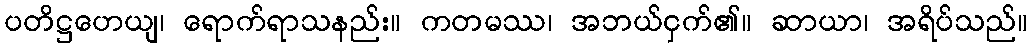
ပတိဋ္ဌဟေယျ၊ ရောက်ရာသနည်း။ ကတမဿ၊ အဘယ်ငှက်၏။ ဆာယာ၊ အရိပ်သည်။